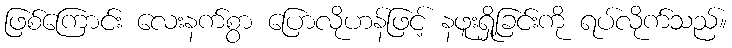
ဖြစ်ကြောင်း လေးနက်စွာ ပြောလိုဟန်ဖြင့် နဖူးရှို့ခြင်းကို ရပ်လိုက်သည်။